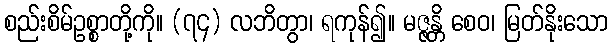
စည်းစိမ်ဥစ္စာတို့ကို။ (၇၄) လဘိတွာ၊ ရကုန်၍။ မဇ္ဇန္တိ စေဝ၊ မြတ်နိုးသော